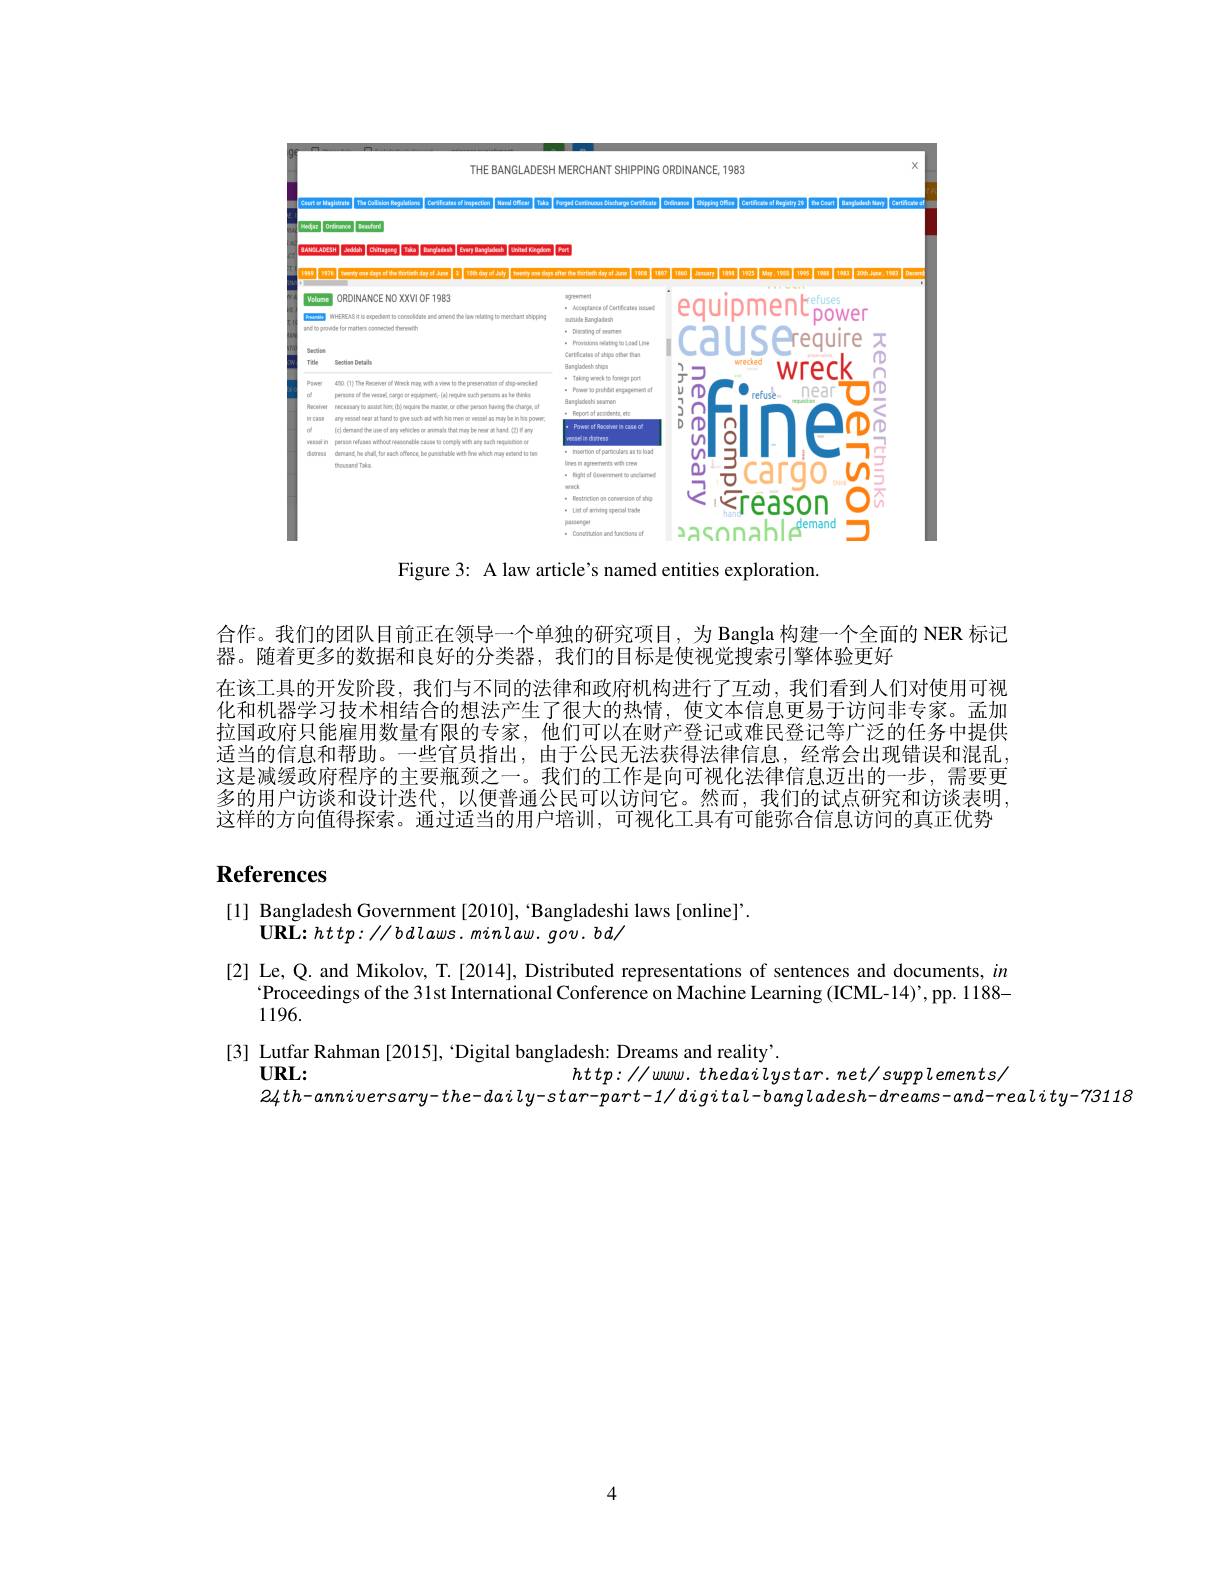
<FigureHere>

Figure 3: A law article's named entities exploration.

合作。我们的团队目前正在领导一个单独的研究项目，为 Bangla 构建一个全面的 NER 标记
器。随着更多的数据和良好的分类器，我们的目标是使视觉搜索引擎体验更好
在该工具的开发阶段，我们与不同的法律和政府机构进行了互动，我们看到人们对使用可视化和机器学习技术相结合的想法产生了很大的热情，使文本信息更易于访问非专家。孟加拉国政府只能雇用数量有限的专家，他们可以在财产登记或难民登记等广泛的任务中提供适当的信息和帮助。一些官员指出，由于公民无法获得法律信息，经常会出现错误和混乱这是减缓政府程序的主要瓶颈之一。我们的工作是向可视化法律信息迈出的一步，需要更多的用户访谈和设计迭代，以便普通公民可以访问它。然而，我们的试点研究和访谈表明， 这样的方向值得探索。通过适当的用户培训，可视化工具有可能弥合信息访问的真正优势

# References

[1] Bangladesh Government [2010],“Bangladeshi laws [online]”.

$\mathbf{URL:http://bdlaws.minlaw.gov.bd/}$

[2] Le, Q. and Mikolov, T.[2014], Distributed representations of sentences and documents, $in$
$^{\cdot}$Proceedings of the 31st International Conference on Machine Learning (ICML-14)',pp. 1188-
1196.
[3] Lutfar Rahman [2015], ‘Digital bangladesh: Dreams and reality'.
$URL:$
$http://www.thedailystar.net/supplements/$
$24th-anniversary-the-daily-star-part-1/digital-bangladesh-dreams-and-reality-73118$